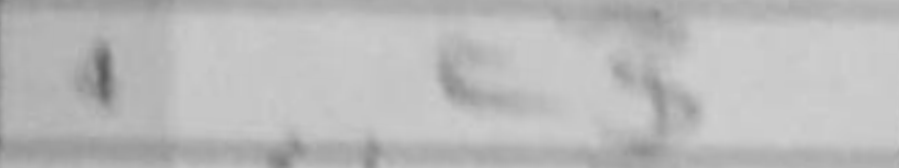
Transcription: c3